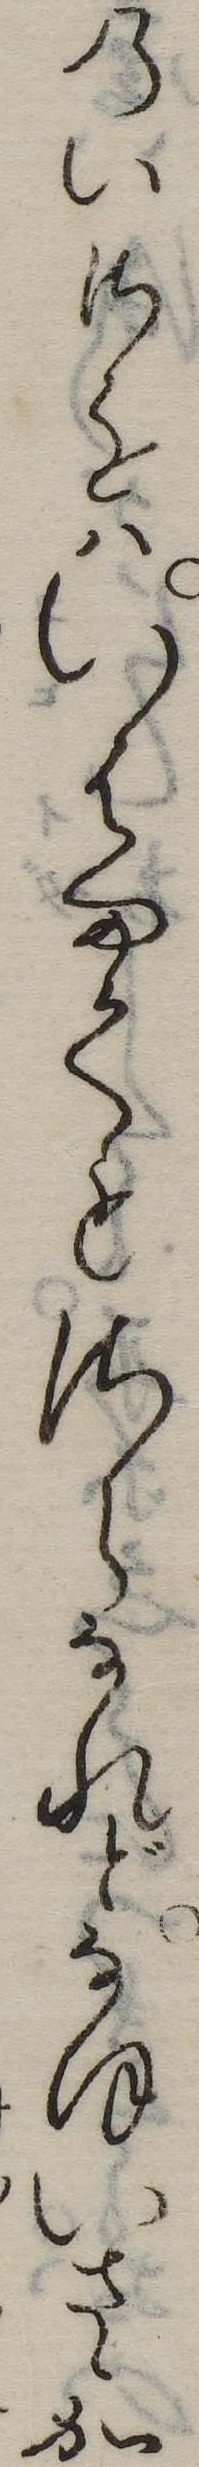
のいさをはいはまくもれらなれどなほいさゝか